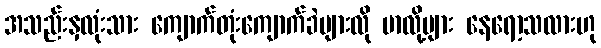
အသည်းနှလုံးသား ကျောက်တုံးကျောက်ခဲများလို မာလို့များ နေရော့သလားဟု